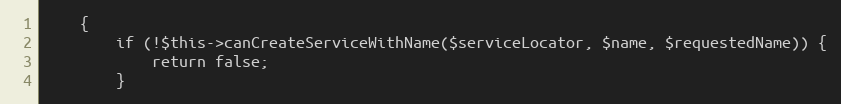
Language: PHP
    {
        if (!$this->canCreateServiceWithName($serviceLocator, $name, $requestedName)) {
            return false;
        }